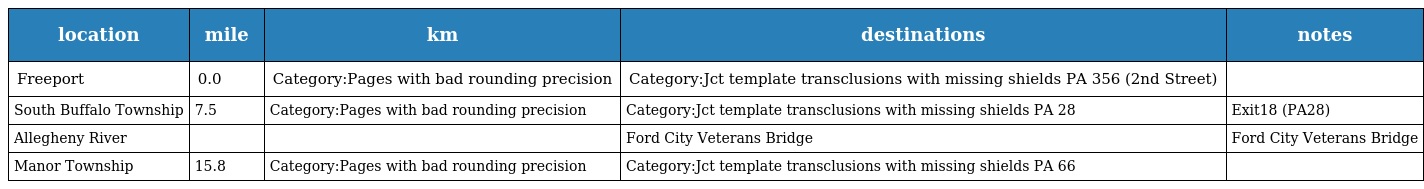
| location | mile | km | destinations | notes |
 | --- | --- | --- | --- | --- |
 | Freeport | 0.0 | Category:Pages with bad rounding precision | Category:Jct template transclusions with missing shields PA 356 (2nd Street) |  |
 | South Buffalo Township | 7.5 | Category:Pages with bad rounding precision | Category:Jct template transclusions with missing shields PA 28 | Exit18 (PA28) |
 | Allegheny River |  |  | Ford City Veterans Bridge | Ford City Veterans Bridge |
 | Manor Township | 15.8 | Category:Pages with bad rounding precision | Category:Jct template transclusions with missing shields PA 66 |  |